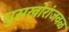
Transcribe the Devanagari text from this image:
घुसखोरांजवळ